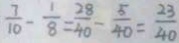
\frac { 7 } { 1 0 } - \frac { 1 } { 8 } = \frac { 2 8 } { 4 0 } - \frac { 5 } { 4 0 } = \frac { 2 3 } { 4 0 }